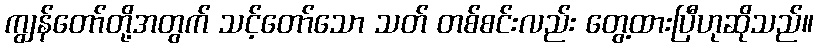
ကျွန်တော်တို့အတွက် သင့်တော်သော သတ် တစ်စင်းလည်း တွေ့ထားပြီဟုဆိုသည်။